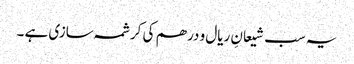
یہ سب شیعانِ ریال و درھم کی کرشمہ سازی ہے ۔